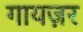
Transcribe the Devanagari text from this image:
गायज़र